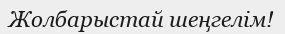
Жолбарыстай шеңгелім!